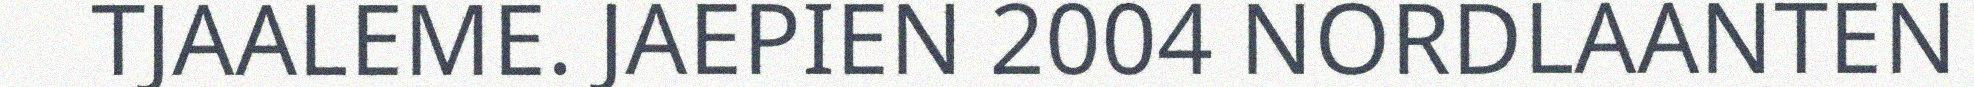
TJAALEME. JAEPIEN 2004 NORDLAANTEN